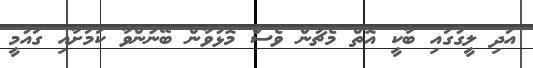
އަދި ލީގުގައި ބާކީ އޮތް މެޗުން ވެސް މޮޅުވާން ބޭނުންވާ ކަމަށާއި ގައުމީ